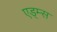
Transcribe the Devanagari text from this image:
एड्म्स